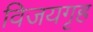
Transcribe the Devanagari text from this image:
विजयगृह